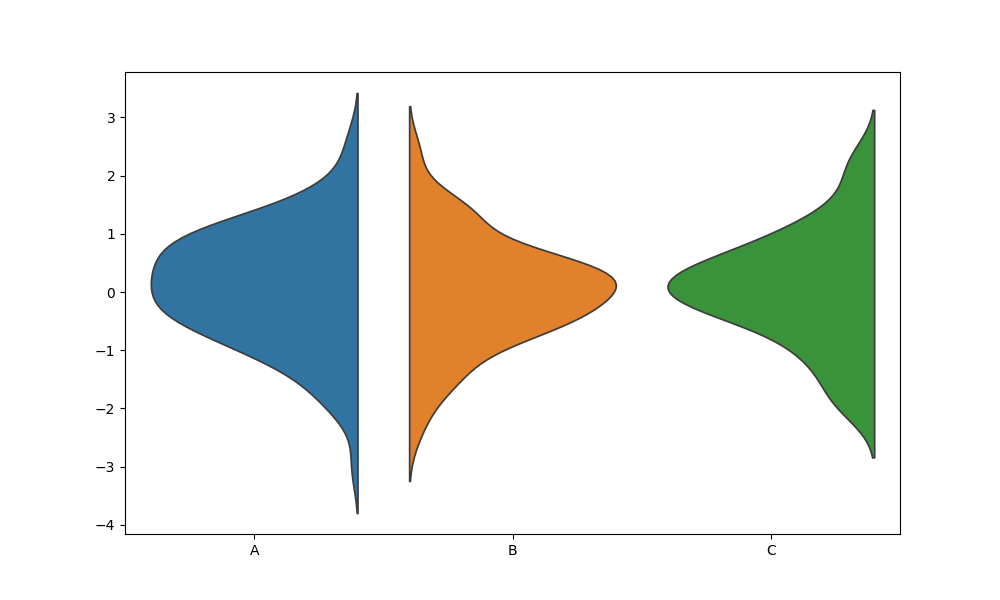
python, seaborn, violinplot, scale='count', split='True', inner='None', fill='True'